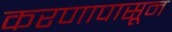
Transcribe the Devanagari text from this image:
करणापासून